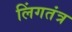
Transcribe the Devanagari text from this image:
लिंगतंत्र